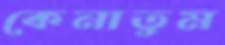
কেনাতুম